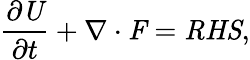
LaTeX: \frac{\partial\textbf{\emph{U}}}{\partial t}+\mathbf{\nabla}\cdot\textbf{\emph{F}}=\textbf{\emph{RHS}},